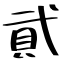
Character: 貮